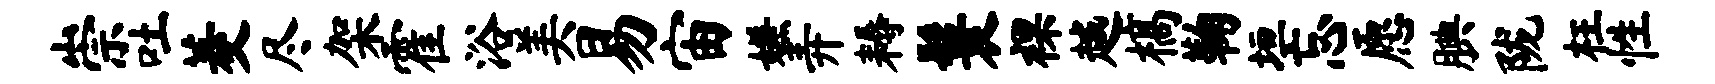
崇吐菱尽架霍浴美易宙嫌弄耨鬟裸越槁鞠垣忘愿腆陇枉性